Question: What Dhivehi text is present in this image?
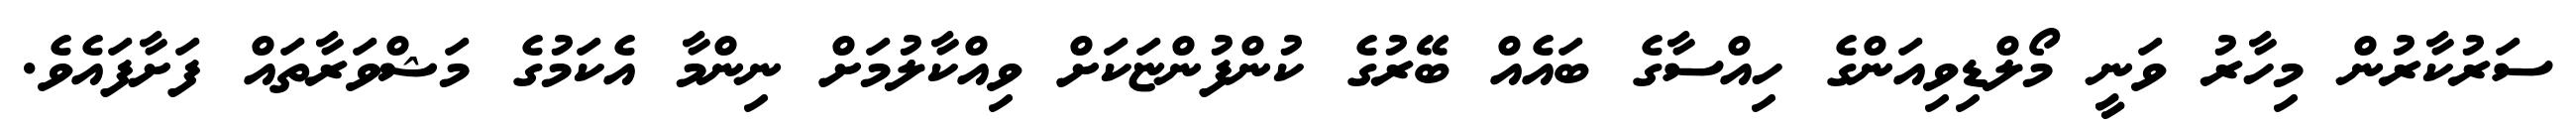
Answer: ސަރުކާރުން މިހާރު ވަނީ މޯލްޑިވިއަންގެ ހިއްސާގެ ބައެއް ބޭރުގެ ކުންފުންޏަކަށް ވިއްކާލުމަށް ނިންމާ އެކަމުގެ މަޝްވަރާތައް ފަށާފައެވެ.